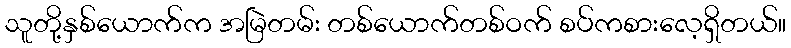
သူတို့နှစ်ယောက်က အမြဲတမ်း တစ်ယောက်တစ်ဝက် စပ်ကစားလေ့ရှိတယ်။